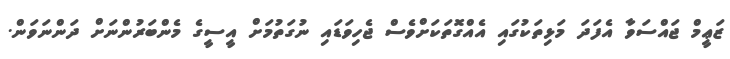
ޒަޢީމް ޖައްސަވާ އެފަދަ މަޅިތަކުގައި އެއްގޮތަކަށްވެސް ޖެހިވަޑައި ނުގަތުމަށް އީސީގެ މެންބަރުންނަށް ދަންނަވަން.